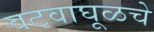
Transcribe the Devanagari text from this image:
वटवाघूळचे